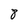
Character: 8